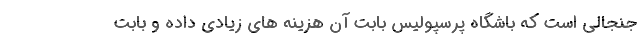
جنجالی است که باشگاه پرسپولیس بابت آن هزینه های زیادی داده و بابت